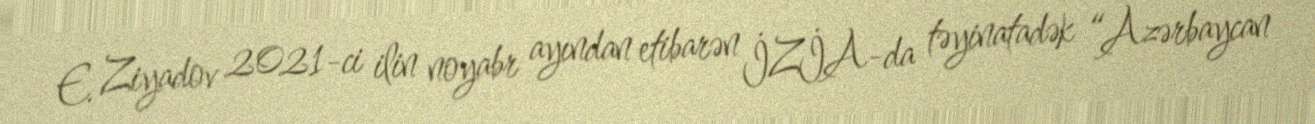
E. Ziyadov 2021-ci ilin noyabr ayından etibarən İZİA-da təyinatadək “Azərbaycan